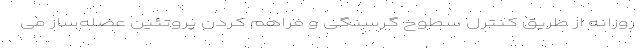
روزانه از طریق کنترل سطوح گرسنگی و فراهم کردن پروتئین عضله‌ساز می